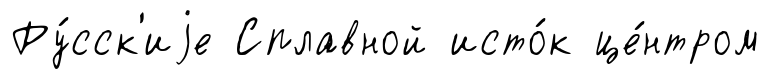
Ру́сск'иjе Сплавной исто́к це́нтром